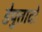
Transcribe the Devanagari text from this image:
डेपुतादो